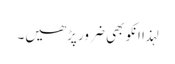
لہذا انکو بھی ضرور پڑھیں۔